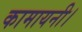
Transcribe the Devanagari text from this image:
कामायनी।